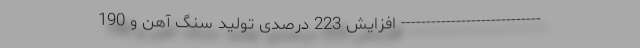
---------------------------- افزایش 223 درصدی تولید سنگ آهن و 190